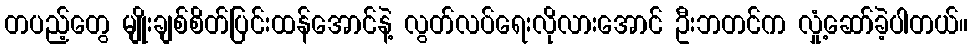
တပည့်တွေ မျိုးချစ်စိတ်ပြင်းထန်အောင်နဲ့ လွတ်လပ်ရေးလိုလားအောင် ဦးဘတင်က လှုံ့ဆော်ခဲ့ပါတယ်။